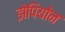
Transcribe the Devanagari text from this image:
झेपियोन